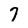
Character: 7